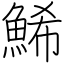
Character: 鯑